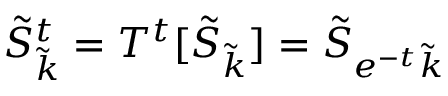
\tilde { S } _ { \tilde { k } } ^ { t } = T ^ { t } [ \tilde { S } _ { \tilde { k } } ] = \tilde { S } _ { e ^ { - t } \tilde { k } }